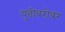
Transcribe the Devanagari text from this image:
युतीबरोबर